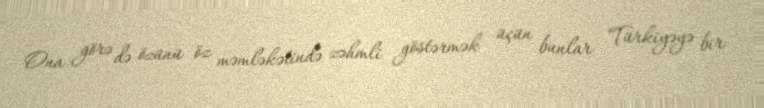
Ona görə də özünü öz məmləkətində zəhmli göstərmək üçün bunlar Türkiyəyə bir